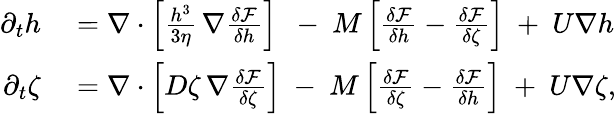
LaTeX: \begin{array}{rl}{\partial_{t}h}&{{}=\nabla\cdot\left[\frac{h^{3}}{3\eta}\, \nabla\frac{\delta\mathcal{F}}{\delta h}\right]\ \ -\ M\left[\frac{\delta\mathcal{F}}{\delta h}-\frac{\delta\mathcal{F}}{\delta\zeta}\right]\ +\ U\nabla h}\\ {\partial_{t}\zeta}&{{}=\nabla\cdot\left[D\zeta\, \nabla\frac{\delta\mathcal{F}}{\delta\zeta}\right]\ -\ M\left[\frac{\delta\mathcal{F}}{\delta\zeta}-\frac{\delta\mathcal{F}}{\delta h}\right]\ +\ U\nabla\zeta,}\end{array}